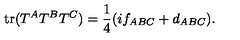
\mathrm { t r } ( T ^ { A } T ^ { B } T ^ { C } ) = { \frac { 1 } { 4 } } ( i f _ { A B C } + d _ { A B C } ) .